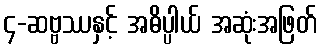
၄-ဆဗ္ဗဿနှင့် အဓိပ္ပါယ် အဆုံးအဖြတ်